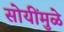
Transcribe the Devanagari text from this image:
सोयींमुळे